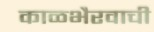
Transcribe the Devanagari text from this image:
काळभैरवाची